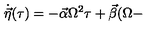
\dot { \vec { \eta } } ( \tau ) = - \vec { \alpha } \Omega ^ { 2 } \tau + \vec { \beta } ( \Omega -